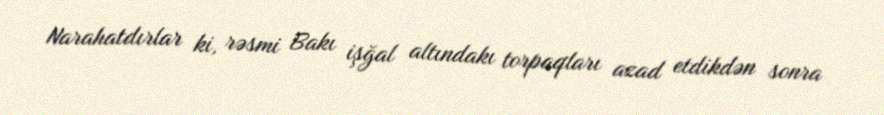
Narahatdırlar ki, rəsmi Bakı işğal altındakı torpaqları azad etdikdən sonra